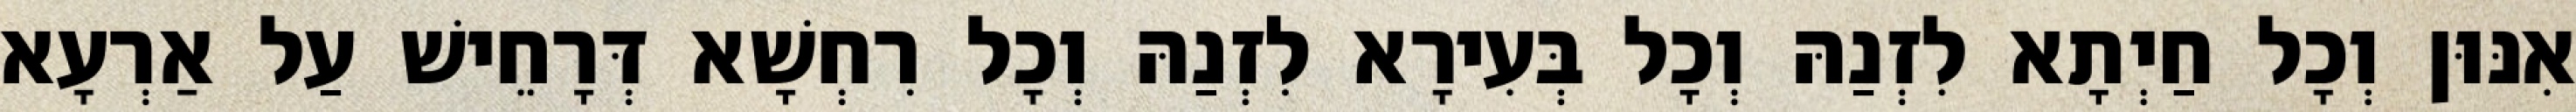
אִנּוּן וְכָל חַיְתָא לִזְנַהּ וְכָל בְּעִירָא לִזְנַהּ וְכָל רִחְשָׁא דְּרָחֵישׁ עַל אַרְעָא